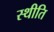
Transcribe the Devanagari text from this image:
स्थीति